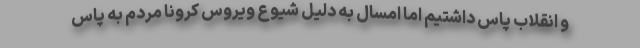
و انقلاب پاس داشتیم اما امسال به دلیل شیوع ویروس کرونا مردم به پاس